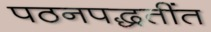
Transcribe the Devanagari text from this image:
पठनपद्धतींत